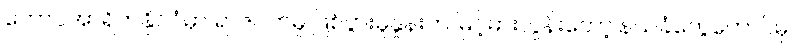
တောင်အာရိကနိုင်ငံမှာ ရာဇဝတ်မှု ဖြစ်ပွားမှုနှုန်းက မြင့်မားလွန်းတော့ နယ်ခံတွေတောင်မှ